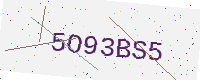
Text: 5O93BS5